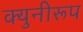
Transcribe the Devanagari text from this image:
क्युनीरूप